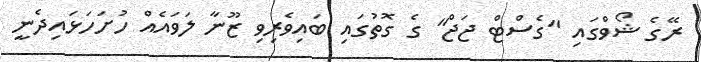
ރޭގެ ޝޯވްގައި "ގެސްޓް ޖަޖް" ގެ ގޮތުގައި ބައިވެރިވި ޒޫނާ ލަވައެއް ހުށަހަޅައިދެނީ